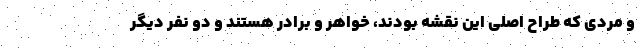
و مردی که طراح اصلی این نقشه بودند، خواهر و برادر هستند و دو نفر دیگر